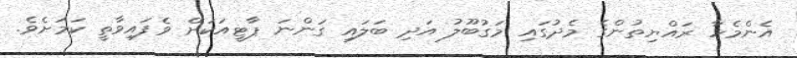
އެންމެހާ ރައްޔިތުންގެ މެދުގައި މަގުބޫލު އަދި ބަލައި ގަންނަ ޕާޓީއަކަށް ވެފައިވާތީ ކަމަށެވެ.